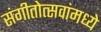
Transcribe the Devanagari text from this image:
संगीतोत्सवांमध्ये